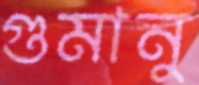
গুমানু